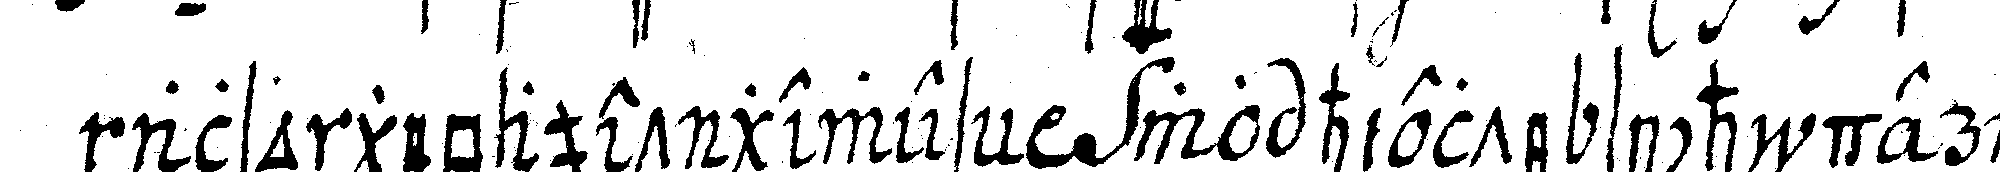
also gebauet geweseN wo hielte sich der